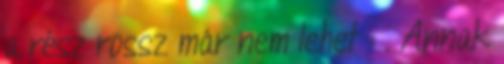
a rész rossz már nem lehet : . Annak